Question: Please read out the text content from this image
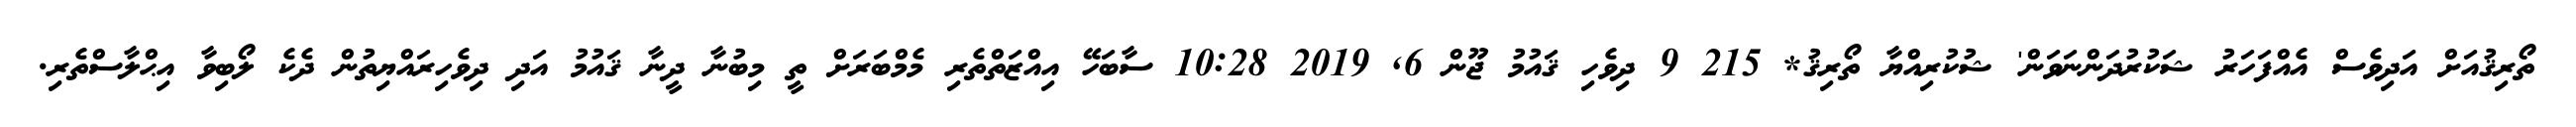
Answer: ތޯރިޤުއަށް އަދިވެސް އެއްފަހަރު ޝަކުރުދަންނަވަން' ޝުކުރިއްޔާ ތޯރިޤު* 215 9 ދިވެހި ޤައުމު ޖޫން 6, 2019 10:28 ސާބަހޭ އިއްޒަތްތެރި މެމްބަރަށް ތީ މިބުނާ ދީނާ ޤައުމު އަދި ދިވެހިރައްޔިތުން ދެކެ ލޯބިވާ އިޙްލާސްތެރި.